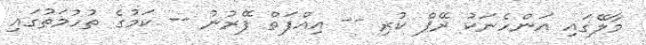
މާލޭގައި އަންހެނަކު ރޭޕް ކުރި -- އިއްފަތް ފޭރުނު -- ކަމުގެ ތުހުމަތުގައި